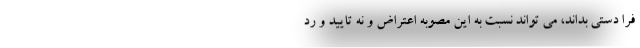
فرا دستی بداند، می تواند نسبت به این مصوبه اعتراض و نه تایید و رد